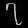
Digit: ၇